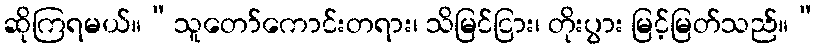
ဆိုကြရမယ်။“သူတော်ကောင်းတရား၊ သိမြင်ငြား၊ တိုးပွား မြင့်မြတ်သည်။”